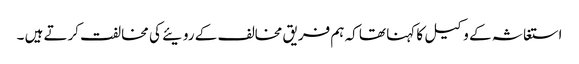
استغاثہ کے وکیل کا کہنا تھا کہ ہم فریق مخالف کے رویئے کی مخالفت کرتے ہیں ۔